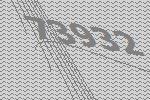
73932